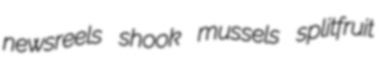
newsreels shook mussels splitfruit